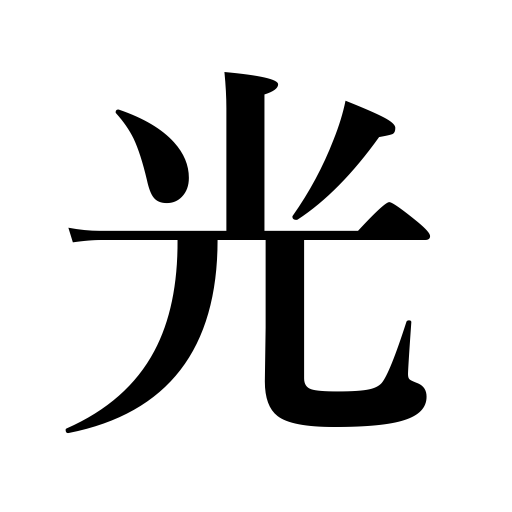
Meanings: glare,twinkle,light,influence of parents,brightness,glimmer,shine,glitter,glow,flash,beam,gleam,sparkle,radiance,luster